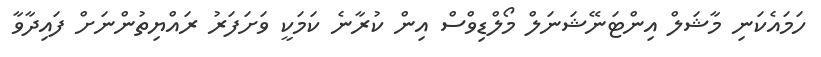
ހަމައެކަނި މާޝަލް އިންޓަނޭޝަނަލް މޯލްޑިވްސް އިން ކުރާނެ ކަމަކީ ވަށަފަރު ރައްޔިތުންނަށް ފައިދާވާ